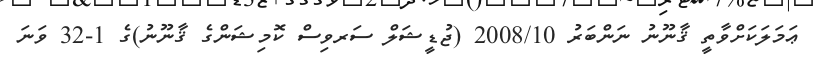
ޢަމަލަކަށްވާތީ ޤާނޫނު ނަންބަރު 2008/10 (ޖުޑީޝަލް ސަރވިސް ކޮމިޝަންގެ ޤާނޫނު)ގެ 1-32 ވަނަ